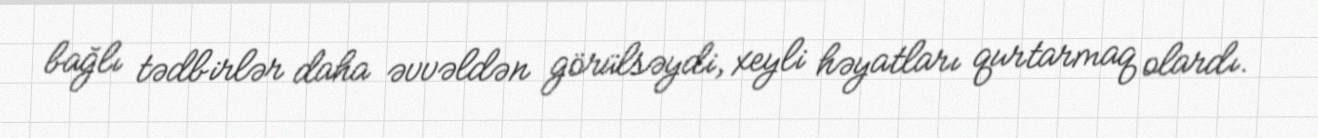
bağlı tədbirlər daha əvvəldən görülsəydi, xeyli həyatları qurtarmaq olardı.